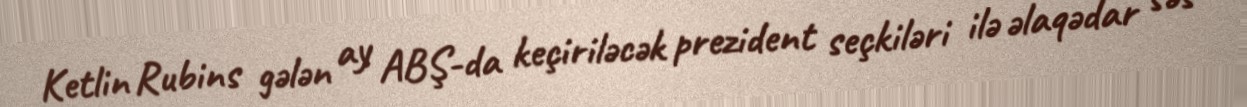
Ketlin Rubins gələn ay ABŞ-da keçiriləcək prezident seçkiləri ilə əlaqədar səs